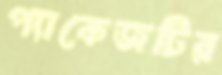
প্যাকেজটির